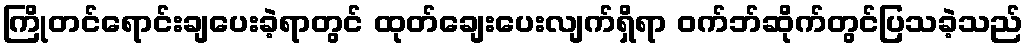
ကြိုတင်ရောင်းချပေးခဲ့ရာတွင် ထုတ်ချေးပေးလျက်ရှိရာ ဝက်ဘ်ဆိုက်တွင်ပြသခဲ့သည်